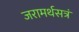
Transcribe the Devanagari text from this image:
जरामर्थसत्रं